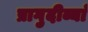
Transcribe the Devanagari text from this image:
प्रागुदीव्यां